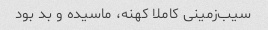
سیب‌زمینی کاملا کهنه، ماسیده و بد بود